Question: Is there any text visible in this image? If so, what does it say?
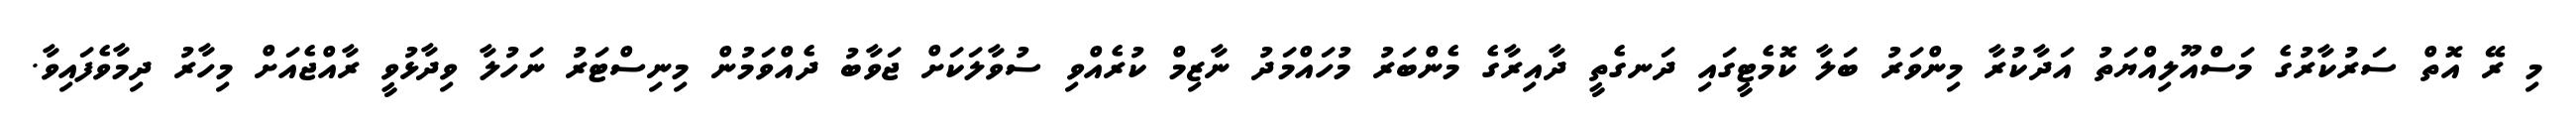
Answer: މި ރޭ އޮތް ސަރުކާރުގެ މަސްއޫލިއްޔަތު އަދާކުރާ މިންވަރު ބަލާ ކޮމެޓީގައި ދަނގެތީ ދާއިރާގެ މެންބަރު މުހައްމަދު ނާޒިމް ކުރެއްވި ސުވާލަކަށް ޖަވާބު ދެއްވަމުން މިނިސްޓަރު ނަހުލާ ވިދާޅުވީ ރާއްޖެއަށް މިހާރު ދިމާވެފައިވާ.